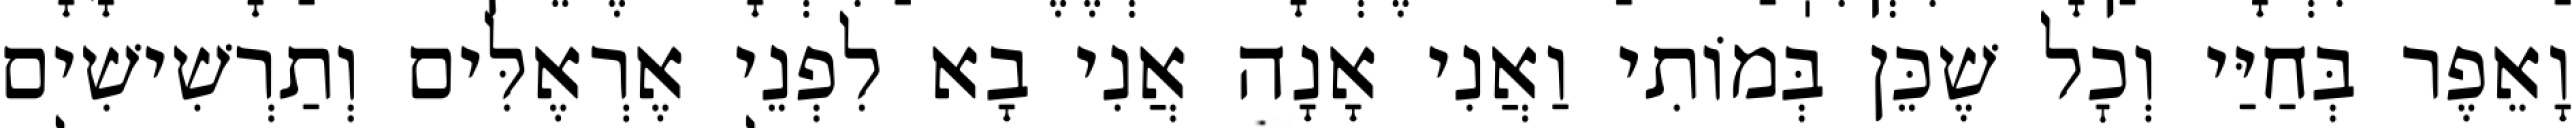
וָאֵפֶר בְּחַיַּי וְכׇל שֶׁכֵּן בְּמוֹתִי וַאֲנִי אָנָה אֲנִי בָא לִפְנֵי אֶרְאֶלִּים וְתַרְשִׁישִׁים